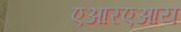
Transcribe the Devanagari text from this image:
एआरएआय